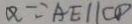
Q \because A E / / C D